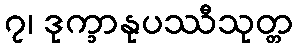
၇၊ ဒုက္ခာနုပဿီသုတ္တ